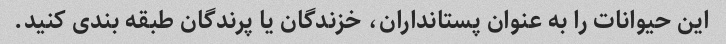
این حیوانات را به عنوان پستانداران، خزندگان یا پرندگان طبقه بندی کنید.